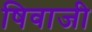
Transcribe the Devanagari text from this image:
षिवाजी